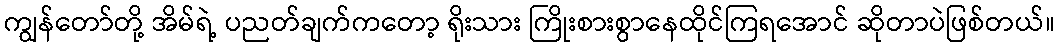
ကျွန်တော်တို့ အိမ်ရဲ့ ပညတ်ချက်ကတော့ ရိုးသား ကြိုးစားစွာနေထိုင်ကြရအောင် ဆိုတာပဲဖြစ်တယ်။